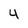
Character: 4